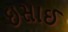
ઇસાઈ